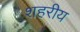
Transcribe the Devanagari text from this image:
शहरीय